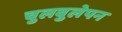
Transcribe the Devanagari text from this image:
चुलबुलेपन